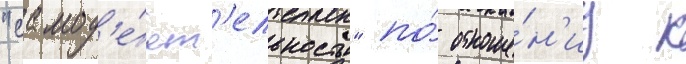
"самод'е́ят'ельность" по́ отноше́н'иу к